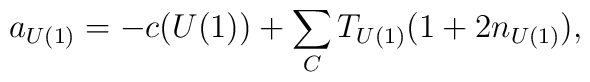
a_{U(1)} = - c(U(1)) +\sum_C T_{U(1)}( 1 + 2 n_{U(1)}),